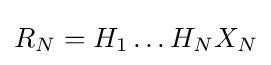
R_{N}=H_{1}\dots H_{N}X_{N}